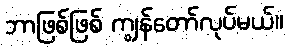
ဘာဖြစ်ဖြစ် ကျွန်တော်လုပ်မယ်။